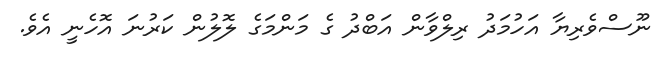
ނޫސްވެރިޔާ އަހުމަދު ރިލްވާން އަބްދު ގެ މަންމަގެ ލޮލުން ކަރުނަ އޮހެނީ އެވެ.